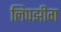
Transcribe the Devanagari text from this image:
लिपझीग